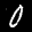
Label: 0